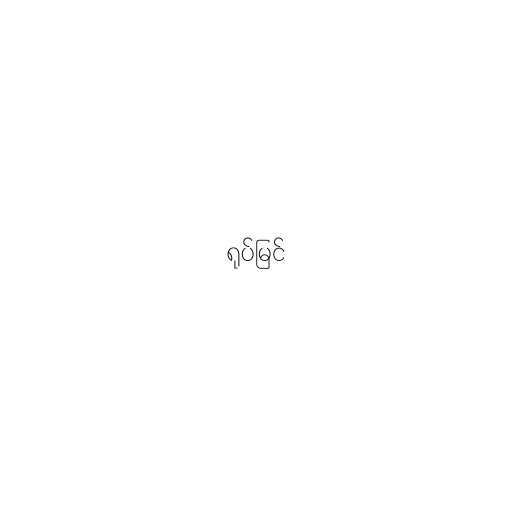
ရုပ်မြင်